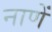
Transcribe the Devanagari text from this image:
नाणें